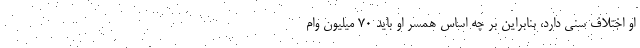
او اختلاف سنی دارد، بنابراین بر چه اساس همسر او باید ۷۰ میلیون وام